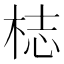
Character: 梽